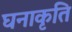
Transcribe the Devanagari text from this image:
घनाकृति